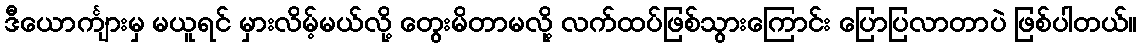
ဒီယောင်္ကျားမှ မယူရင် မှားလိမ့်မယ်လို့ တွေးမိတာမလို့ လက်ထပ်ဖြစ်သွားကြောင်း ပြောပြလာတာပဲ ဖြစ်ပါတယ်။